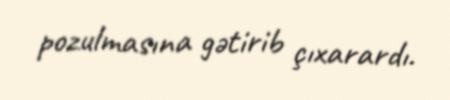
pozulmasına gətirib çıxarardı.